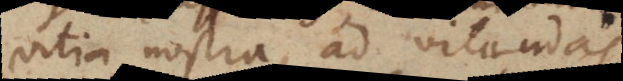
vitia nostra, ad vitandas